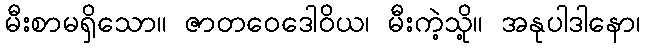
မီးစာမရှိသော။ ဇာတဝေဒေါဝိယ၊ မီးကဲ့သို့။ အနုပါဒါနော၊